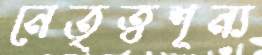
নেতৃত্বশূন্য